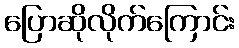
ပြောဆိုလိုက်ကြောင်း